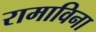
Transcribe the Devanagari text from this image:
रामाविना